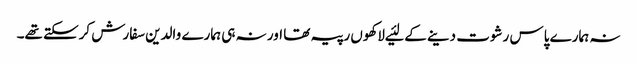
نہ ہمارے پاس رشوت دینے کے لئیے لاکھوں رپیہ تھا اور نہ ہی ہمارے والدین سفارش کرسکتے تھے۔